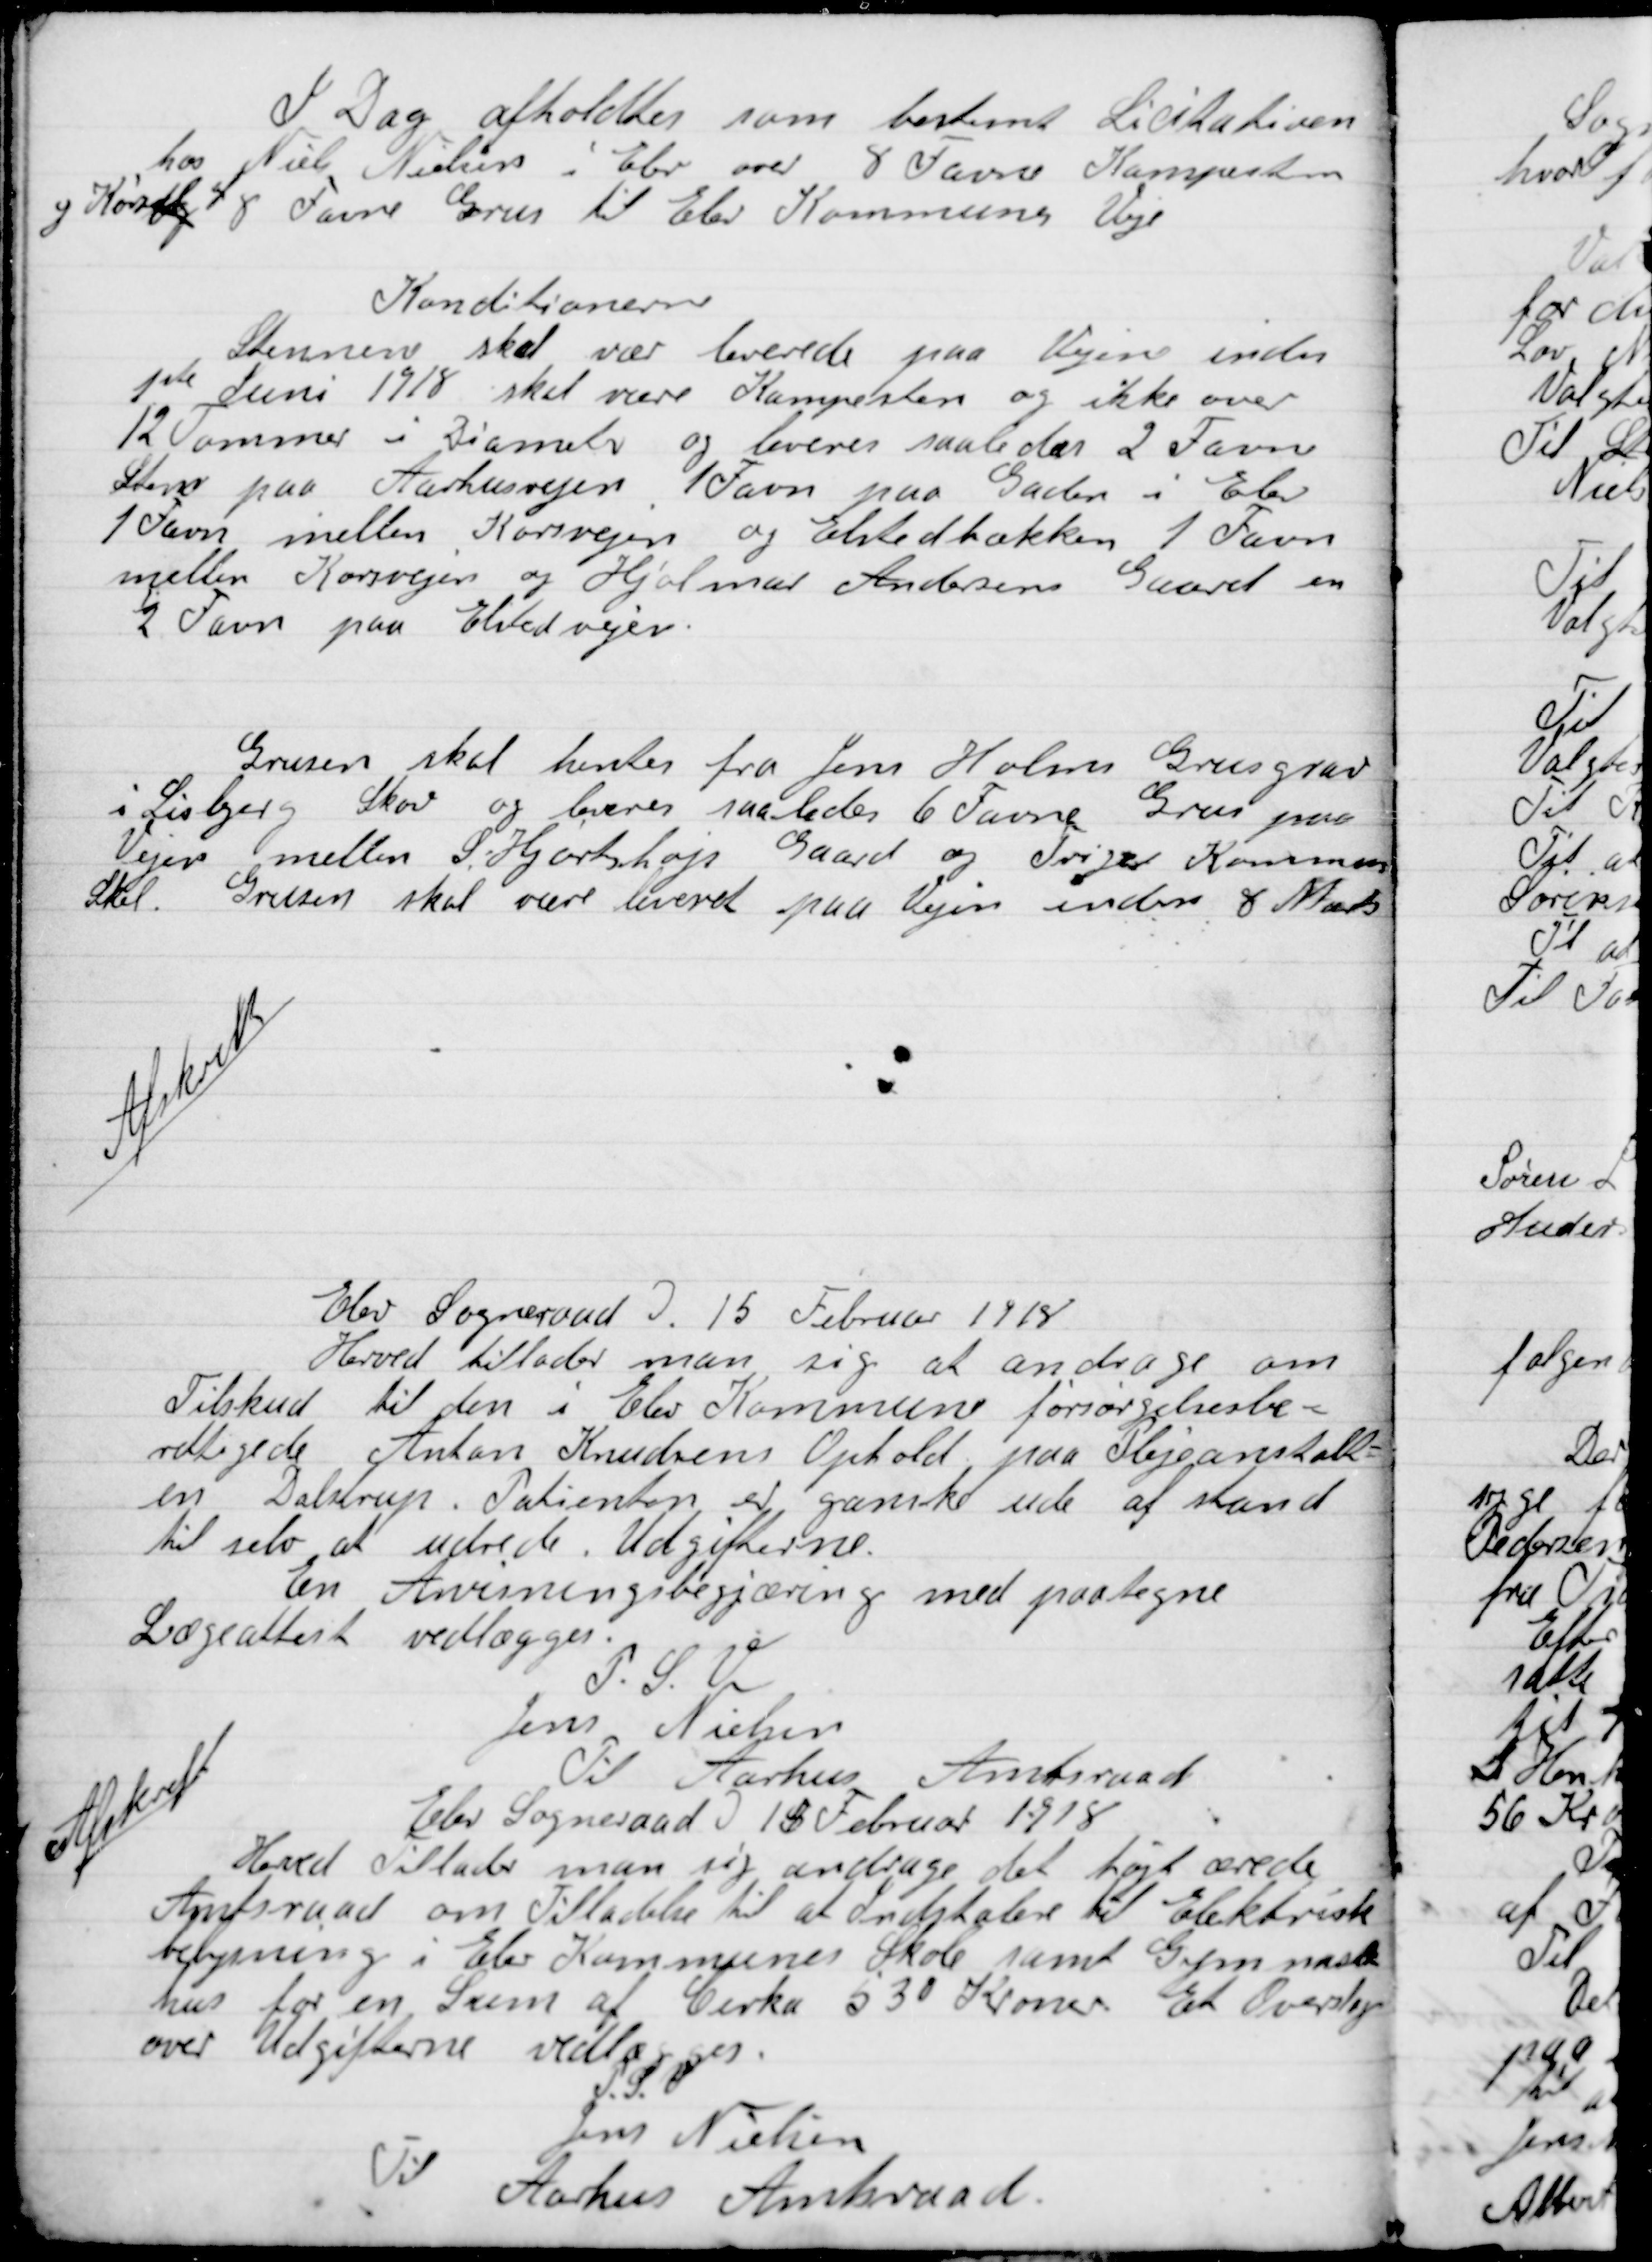
Transskription:
I Dag afholdtes  som bestemt Licitation
hos Niels Nielsen i Elev om 8 Favne Kampesten
og kørsel 8 Favne Grus til Elev Kommunes Veje.

Konditionen
Stenene skal være leverede paa Vejen inden
1ste Juni 1918 skal være Kampesten og ikke over
12 Tommer i Diameter og leveres saaledes 2 Favne
Sten paa Aarhusvejen. 1 Favn paa Gaarden i Elev.
1 Favn imellem Korsvejen og Elstedbækken. 1 Favn
mellem Korsvejen og Hjalmar Andersens Gaard, en
2 Favn paa Elstedvejen.
Grusen skal hentes fra Jens Holms Grusgrav
i Lisbjerg Skov og leveres saaledes 6 Favne Grus paa
Vejen mellem S. Hjortshøjs Gaard og Triges Kommunes
Skel . Grusen skal være leveret paa Vejen inden 8 Marts

Afskrift
Elev Sogneraad D. 15 Februar  1918
Herved tillader man sig at andrage om
Tilskud til den i Elev Kommune forsørgelsesbe-
rettigede Anton Knudsens Ophold paa Plejeanstalt-
en Dalstrup. Patienten er ganske ude af stand
til selv at udrede Udgifterne.
En Anvisningsbegæring med paategne
Lægeattest vedlægges.
P.S.V.
Jens Nielsen

Afskrift
Til Aarhus Amtsraad
Elev Sogneraad D. 18 Februar 1918
Herved Tillader man sig andrage det højt ærede
Amtsraad om Tilladelse til at Installere til Elektrisk
belysning i Elev Kommunes Skole samt Gymnastik-
hus for en Sum af Cirka 530 Kroner Et Overslag
over Udgifterne vedlægges.
P.S.V.
Jens Nielsen
Til
Aarhus Amtsraad